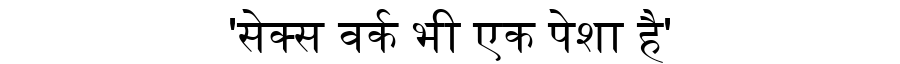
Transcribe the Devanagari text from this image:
'सेक्स वर्क भी एक पेशा है'